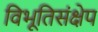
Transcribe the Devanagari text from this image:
विभूतिसंक्षेप